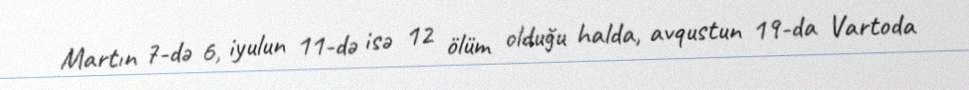
Martın 7-də 6, iyulun 11-də isə 12 ölüm olduğu halda, avqustun 19-da Vartoda